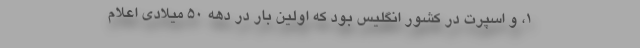
1، و اسپرت در کشور انگلیس بود که اولین بار در دهه 50 میلادی اعلام